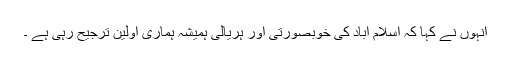
انہوں نے کہا کہ اسلام آباد کی خوبصورتی اور ہریالی ہمیشہ ہماری اولین ترجیح رہی ہے ۔